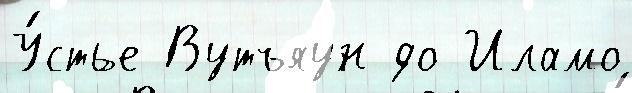
У́стье Вутъяун до Иламо